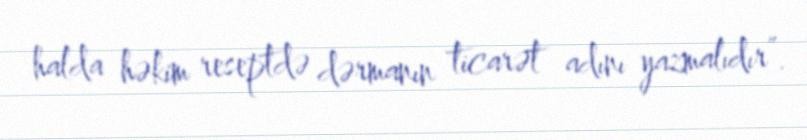
halda həkim reseptdə dərmanın ticarət adını yazmalıdır”.